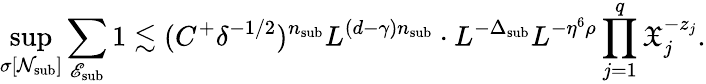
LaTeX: \operatorname*{sup}_{\sigma[\mathcal N_{\mathrm{sub}}]}\sum_{\mathscr E_{\mathrm{sub}}}1\lesssim(C^{+}\delta^{-1/2})^{n_{\mathrm{sub}}}L^{(d-\gamma)n_{\mathrm{sub}}}\cdot L^{-\Delta_{\mathrm{sub}}}L^{-\eta^{6}\rho}\prod_{j=1}^{q}\mathfrak X_{j}^{-z_{j}}.